Lunatic asylums Central Provinces reports 1895-1909 - 1895-1909
Year: 1895
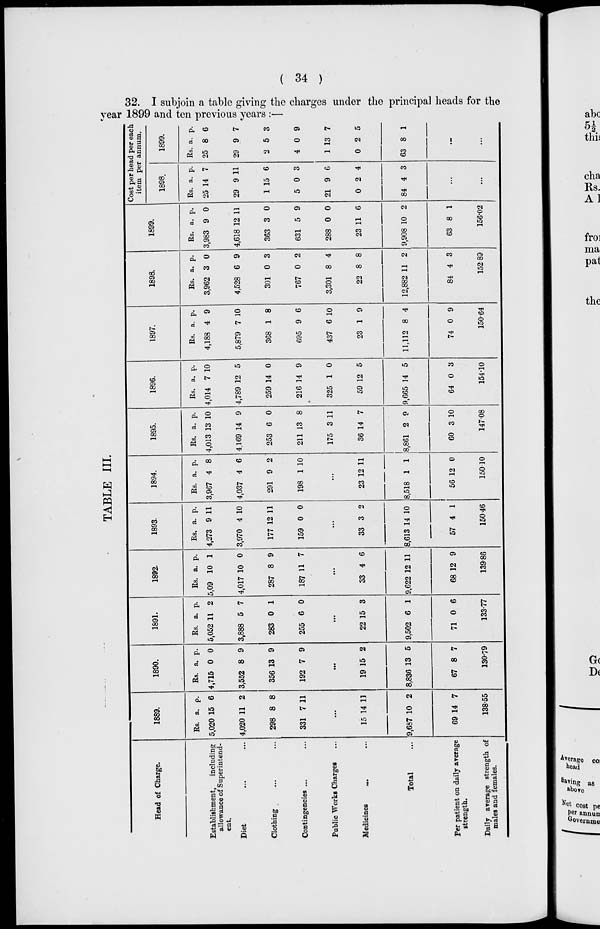
( 34 )
32. I subjoin a table giving the charges under the principal heads for the
year 1899 and ten previous years :—
TABLE III.
Head of Charge.
Establishment,
including
allowance of Superintend-
ent.
Diet ... ...
Clothing ... ...
Contingencies ... ...
Public Works Charges ...
Medicines ... ...
Total ...
Per patient on daily average
strength.
Daily average strength of
males and females.
1889.
Rs.
5,020
4,020
298
331
a.
15
11
8
7
p.
6
2
8
11
...
15
9,687
69
14
10
14
11
2
7
138.55
1890.
Rs.
4,715
3,552
356
192
a.
0
8
13
7
p.
0
9
9
9
...
19
8,836
67
15
13
8
2
5
7
130.79
1891.
Rs.
5,052
3,888
283
255
a.
11
5
0
6
p.
2
7
1
0
...
22
9,502
71
15
6
0
3
1
6
133.77
1892.
Rs.
5,09
4,017
287
187
a.
10
10
8
11
p.
1
0
9
7
...
33
9,622
68
4
12
12
6
11
9
139.86
1893.
Rs.
4,273
3,970
177
159
a.
9
4
12
0
p.
11
10
11
0
...
33
8,613
57
3
14
4
2
10
1
150.46
1894.
Rs.
3,967
4,037
291
198
a.
4
4
9
1
p.
8
6
2
10
...
23
8,518
56
12
1
12
11
1
0
150.10
1895.
Rs.
4,013
4,169
253
211
175
36
8,861
60
a.
13
14
6
13
3
14
2
3
p.
10
9
0
8
11
7
9
10
147.08
1896.
Rs.
4,014
4,789
259
216
325
59
9,665
64
a.
7
12
14
14
1
12
14
0
p.
10
5
0
9
0
5
5
3
154.10
1897.
Rs.
4,188
5,879
368
695
437
23
11,112
74
a.
4
7
1
9
6
1
8
0
p.
9
10
8
6
10
9
4
9
150.64
1898.
Rs.
3,962
4,528
301
767
3,301
22
12,882
84
a.
3
6
0
0
8
8
11
4
p.
0
9
3
2
4
8
2
3
152.89
1899.
Rs.
3,983
4,618
363
631
288
23
9,908
63
a.
9
12
3
5
0
11
10
8
p.
0
11
0
9
0
6
2
1
156.02
Cost per head per each
item per annum.
1898.
Rs.
25
29
1
5
21
0
84
a.
14
9
15
0
9
2
4
p.
7
11
6
3
6
4
3
...
...
1899.
Rs.
25
29
2
4
1
0
63
a.
8
9
5
0
13
2
8
p.
6
7
3
9
7
5
1
...
...